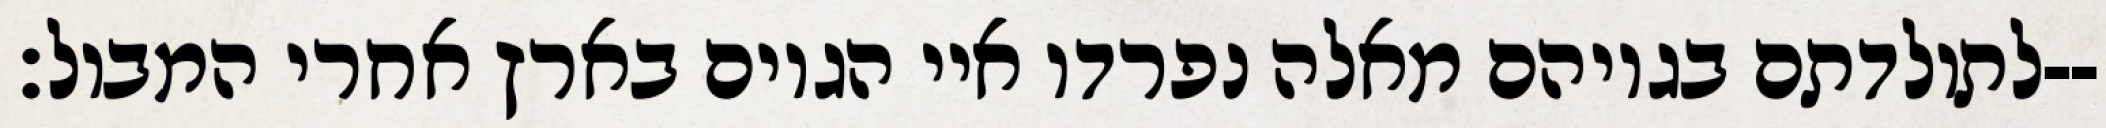
לתולדתם בגויהם מאלה נפרדו איי הגוים בארץ אחרי המבול׃--